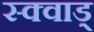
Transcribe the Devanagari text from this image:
स्क्वाड्